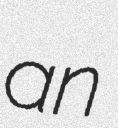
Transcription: an